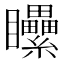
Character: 𥍔